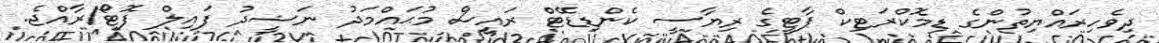
ދިވެހިރައްޔިތުންގެ ޑިމޮކްރަޓިކް ޕާޓީގެ ރިޔާސީ ކެންޑިޑޭޓް ރައީސް މުޙައްމަދު ނަޝީދު ފައިލް ފޮޓޯ/ރާއްޖެ.